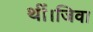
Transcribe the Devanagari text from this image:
थीं।जिवा